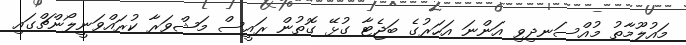
މައުލޫމާތު މުއްސަނދިވި އަންނަ އަހަރުގެ ބަޖެޓާ ގުޅޭ ގޮތުން ރައީސް މަޝްވަރާ ކުރައްވަނީލޯންޗްގައި